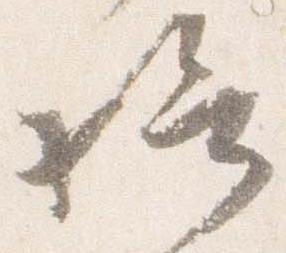
給